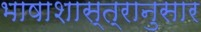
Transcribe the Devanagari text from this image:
भाषाशास्त्रानुसार